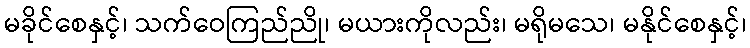
မခိုင်စေနှင့်၊ သက်ဝေကြည်ညို၊ မယားကိုလည်း၊ မရိုမသေ၊ မနိုင်စေနှင့်၊